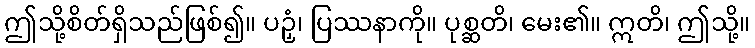
ဤသို့စိတ်ရှိသည်ဖြစ်၍။ ပဉှံ၊ ပြဿနာကို။ ပုစ္ဆတိ၊ မေး၏။ ဣတိ၊ ဤသို့။